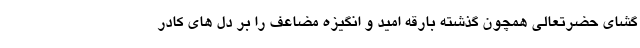
گشای حضرتعالی همچون گذشته بارقه امید و انگیزه مضاعف را بر دل های کادر